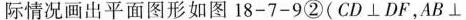
际情况画出平面图形如图18-7-9②(CD⊥DF，AB⊥